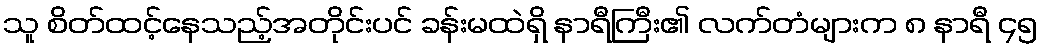
သူ စိတ်ထင့်နေသည့်အတိုင်းပင် ခန်းမထဲရှိ နာရီကြီး၏ လက်တံများက ၈ နာရီ ၄၅